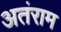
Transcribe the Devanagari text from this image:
अतंराम